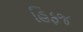
હિફજ